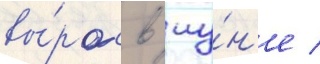
вы́рос в иу́н'е /